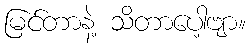
မြင်တာနဲ့ သိတာပေါ့ဗျာ။